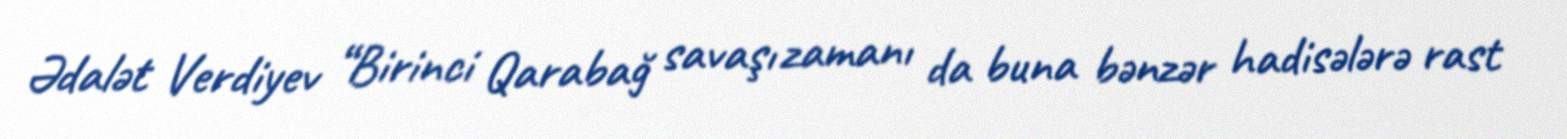
Ədalət Verdiyev “Birinci Qarabağ savaşı zamanı da buna bənzər hadisələrə rast